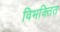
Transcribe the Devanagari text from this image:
विभक्तित